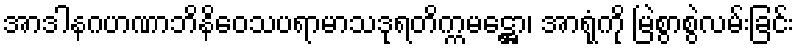
အာဒါနဂဟဏာဘိနိဝေသပရာမာသဒုရတိက္ကမဋ္ဌော၊ အာရုံကို မြဲစွာစွဲလမ်းခြင်း